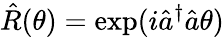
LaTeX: \hat{R}(\theta)=\exp(i\hat{a}^{\dagger}\hat{a}\theta)